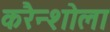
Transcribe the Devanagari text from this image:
करैन्शोला